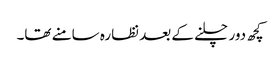
کچھ دور چلنے کے بعد نظارہ سامنے تھا۔